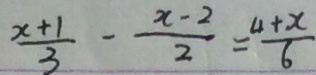
\frac { x + 1 } { 3 } - \frac { x - 2 } { 2 } = \frac { 4 + x } { 6 }